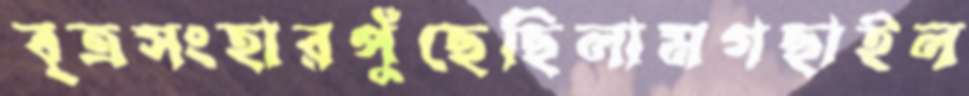
বৃত্রসংহারপুঁছেছিলামগছাইল